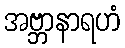
အဗ္ဘာနာရဟံ